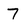
Character: 7